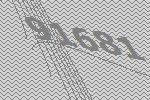
91681